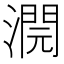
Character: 𣾬